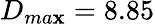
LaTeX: D_{ma\mathbf{x}}=8.85